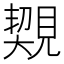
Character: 䚉